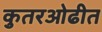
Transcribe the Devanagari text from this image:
कुतरओढीत